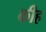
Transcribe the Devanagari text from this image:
कीह